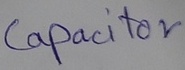
Text: Capacitor